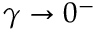
\gamma \rightarrow 0 ^ { - }